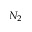
N _ { 2 }